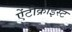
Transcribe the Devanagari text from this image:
ऐंटीक्राइस्ट